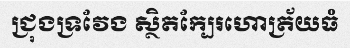
ជ្រុងទ្រវែង ស្ថិតក្បែរហោត្រ័យធំ